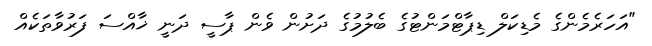
"އަހަރެމެންގެ މެޑިކަލް ޑިޕާޓްމަންޓުގެ ބެލުމުގެ ދަށުން ވެން ޕާސީ ދަނީ ޚާއްސަ ފަރުވާތަކެއް